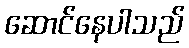
ဆောင်နေပါသည်